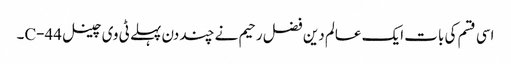
اسی قسم کی بات ایک عالم دین فضل رحیم نے چند دن پہلے ٹی وی چینل C-44۔